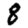
Digit: 8